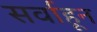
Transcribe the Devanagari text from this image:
सर्वाहून